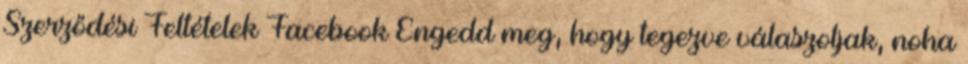
Szerződési Feltételek Facebook Engedd meg, hogy tegezve válaszoljak, noha